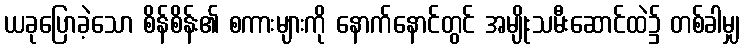
ယခုပြောခဲ့သော စိန်စိန်း၏ စကားများကို နောက်နောင်တွင် အမျိုးသမီးဆောင်ထဲ၌ တစ်ခါမျှ